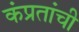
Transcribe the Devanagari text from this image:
कंप्रतांची